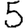
Digit: 5